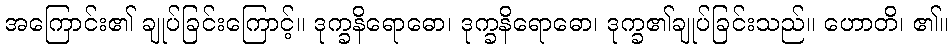
အကြောင်း၏ ချုပ်ခြင်းကြောင့်။ ဒုက္ခနိရောဓော၊ ဒုက္ခနိရောဓော၊ ဒုက္ခ၏ချုပ်ခြင်းသည်။ ဟောတိ၊ ၏။